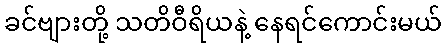
ခင်ဗျားတို့ သတိဝီရိယနဲ့ နေရင်ကောင်းမယ်